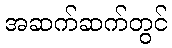
အဆက်ဆက်တွင်